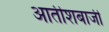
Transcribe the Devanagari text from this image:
आतीशबाजी